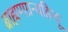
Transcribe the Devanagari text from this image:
ब्राह्मणग्रन्थहिन्दू